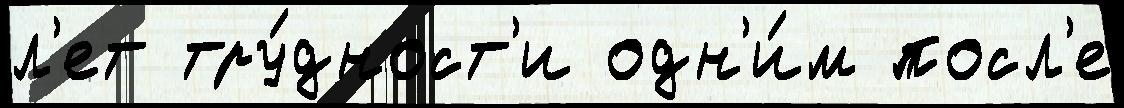
л'ет тру́дност'и одн'и́м посл'е